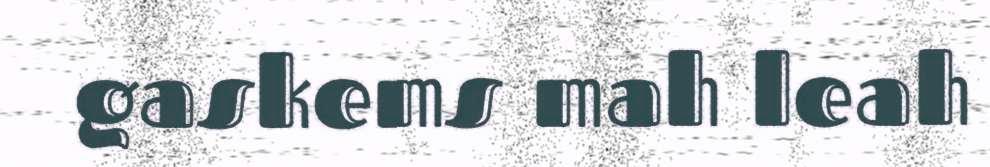
gaskems mah leah